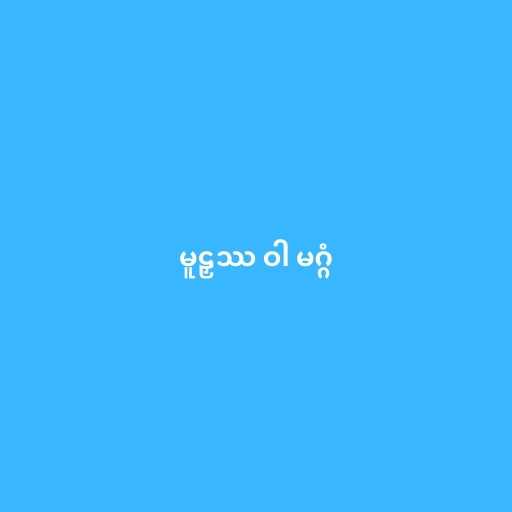
မူဠှဿ ဝါ မဂ္ဂံ